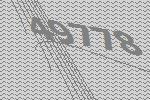
49778